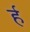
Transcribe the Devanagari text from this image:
र्ह